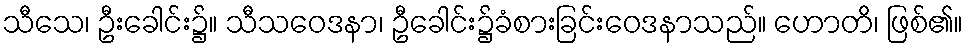
သီသေ၊ ဦးခေါင်း၌။ သီသဝေဒနာ၊ ဦခေါင်း၌ခံစားခြင်းဝေဒနာသည်။ ဟောတိ၊ ဖြစ်၏။